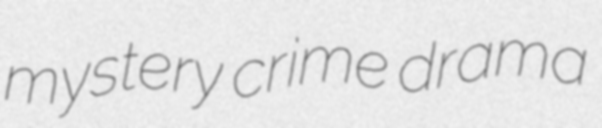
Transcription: mystery crime drama